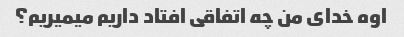
اوه خدای من چه اتفاقی افتاد داریم میمیریم؟